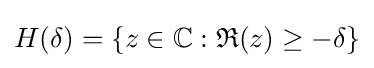
H(\delta )=\left\{z\in \mathbb {C} :{\mathfrak {R}}(z)\geq -\delta \right\}